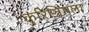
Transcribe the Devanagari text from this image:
कुरिञ्जिमला